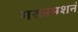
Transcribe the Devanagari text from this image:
गरलमशनं